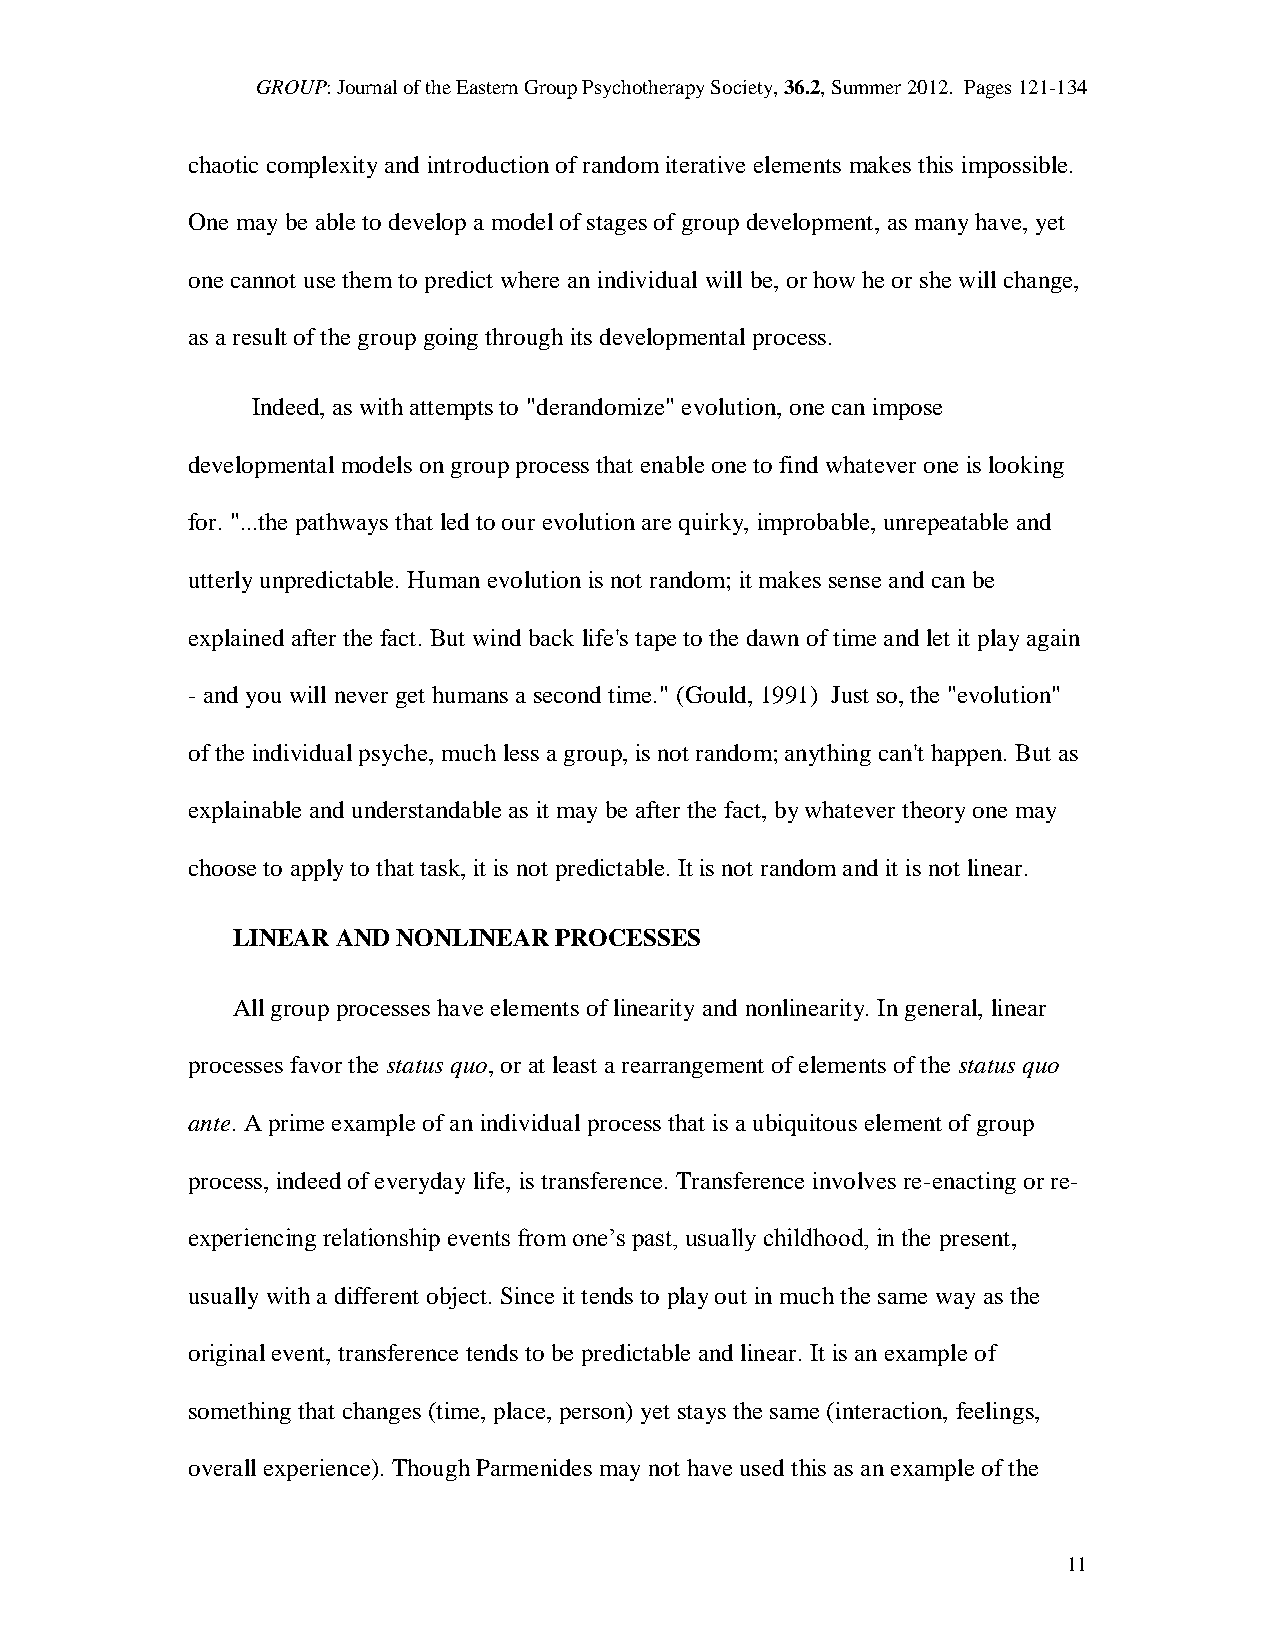
GROUP: Journal of the Eastern Group Psychotherapy Society, 36.2, Summer 2012. Pages 121-134
 chaotic complexity and introduction of random iterative elements makes this impossible.
 One may be able to develop a model of stages of group development, as many have, yet
 one cannot use them to predict where an individual will be, or how he or she will change,
 as a result of the group going through its developmental process.
 Indeed, as with attempts to "derandomize" evolution, one can impose
 developmental models on group process that enable one to find whatever one is looking
 for. "...the pathways that led to our evolution are quirky, improbable, unrepeatable and
 utterly unpredictable. Human evolution is not random; it makes sense and can be
 explained after the fact. But wind back life's tape to the dawn of time and let it play again
 - and you will never get humans a second time." (Gould, 1991) Just so, the "evolution"
 of the individual psyche, much less a group, is not random; anything can't happen. But as
 explainable and understandable as it may be after the fact, by whatever theory one may
 choose to apply to that task, it is not predictable. It is not random and it is not linear.
 LINEAR AND NONLINEAR  PROCESSES
 All group processes have elements of linearity and nonlinearity. In general, linear
 processes favor the status quo, or at least a rearrangement of elements of the status quo
 ante. A prime example of an individual process that is a ubiquitous element of group
 process, indeed of everyday life, is transference. Transference involves re-enacting or re-
 experiencing relationship events from one’s past, usually childhood, in the present,
 usually with a different object. Since it tends to play out in much the same way as the
 original event, transference tends to be predictable and linear. It is an example of
 something that changes (time, place, person) yet stays the same (interaction, feelings,
 overall experience). Though Parmenides may not have used this as an example of the
 11